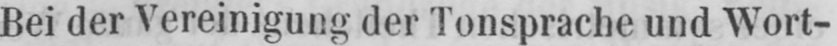
Bei der Vereinigung der Tonsprache und Wort-